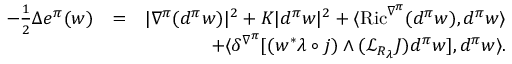
\begin{array} { r l r } { - \frac { 1 } { 2 } \Delta e ^ { \pi } ( w ) } & { = } & { | \nabla ^ { \pi } ( d ^ { \pi } w ) | ^ { 2 } + K | d ^ { \pi } w | ^ { 2 } + \langle \operatorname { R i c } ^ { \nabla ^ { \pi } } ( d ^ { \pi } w ) , d ^ { \pi } w \rangle } \\ & { } & { + \langle \delta ^ { \nabla ^ { \pi } } [ ( w ^ { * } \lambda \circ j ) \wedge ( { \mathcal L } _ { R _ { \lambda } } J ) d ^ { \pi } w ] , d ^ { \pi } w \rangle . } \end{array}